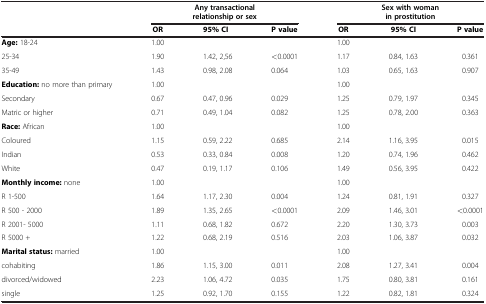
<table><thead><tr><td><b> </b></td><td colspan="3"><b>Any transactional relationship or sex</b></td><td colspan="3"><b>Sex with woman in prostitution</b></td></tr></thead><tbody><tr><td> </td><td><b>OR</b></td><td><b>95% CI</b></td><td><b>P value</b></td><td><b>OR</b></td><td><b>95% CI</b></td><td><b>P value</b></td></tr><tr><td><b>Age:</b> 18-24</td><td>1.00</td><td> </td><td> </td><td>1.00</td><td> </td><td> </td></tr><tr><td>25-34</td><td>1.90</td><td>1.42, 2,56</td><td>&lt;0.0001</td><td>1.17</td><td>0.84, 1.63</td><td>0.361</td></tr><tr><td>35-49</td><td>1.43</td><td>0.98, 2.08</td><td>0.064</td><td>1.03</td><td>0.65, 1.63</td><td>0.907</td></tr><tr><td><b>Education:</b> no more than primary</td><td>1.00</td><td> </td><td> </td><td>1.00</td><td> </td><td> </td></tr><tr><td>Secondary</td><td>0.67</td><td>0.47, 0.96</td><td>0.029</td><td>1.25</td><td>0.79, 1.97</td><td>0.345</td></tr><tr><td>Matric or higher</td><td>0.71</td><td>0.49, 1.04</td><td>0.082</td><td>1.25</td><td>0.78, 2.00</td><td>0.363</td></tr><tr><td><b>Race:</b> African</td><td>1.00</td><td> </td><td> </td><td>1.00</td><td> </td><td> </td></tr><tr><td>Coloured</td><td>1.15</td><td>0.59, 2.22</td><td>0.685</td><td>2.14</td><td>1.16, 3.95</td><td>0.015</td></tr><tr><td>Indian</td><td>0.53</td><td>0.33, 0.84</td><td>0.008</td><td>1.20</td><td>0.74, 1.96</td><td>0.462</td></tr><tr><td>White</td><td>0.47</td><td>0.19, 1.17</td><td>0.106</td><td>1.49</td><td>0.56, 3.95</td><td>0.422</td></tr><tr><td><b>Monthly income:</b> none</td><td>1.00</td><td> </td><td> </td><td>1.00</td><td> </td><td> </td></tr><tr><td>R 1-500</td><td>1.64</td><td>1.17, 2.30</td><td>0.004</td><td>1.24</td><td>0.81, 1.91</td><td>0.327</td></tr><tr><td>R 500 - 2000</td><td>1.89</td><td>1.35, 2.65</td><td>&lt;0.0001</td><td>2.09</td><td>1.46, 3.01</td><td>&lt;0.0001</td></tr><tr><td>R 2001- 5000</td><td>1.11</td><td>0.68, 1.82</td><td>0.672</td><td>2.20</td><td>1.30, 3.73</td><td>0.003</td></tr><tr><td>R 5000 +</td><td>1.22</td><td>0.68, 2.19</td><td>0.516</td><td>2.03</td><td>1.06, 3.87</td><td>0.032</td></tr><tr><td><b>Marital status:</b> married</td><td>1.00</td><td> </td><td> </td><td>1.00</td><td> </td><td> </td></tr><tr><td>cohabiting</td><td>1.86</td><td>1.15, 3.00</td><td>0.011</td><td>2.08</td><td>1.27, 3.41</td><td>0.004</td></tr><tr><td>divorced/widowed</td><td>2.23</td><td>1.06, 4.72</td><td>0.035</td><td>1.75</td><td>0.80, 3.81</td><td>0.161</td></tr><tr><td>single</td><td>1.25</td><td>0.92, 1.70</td><td>0.155</td><td>1.22</td><td>0.82, 1.81</td><td>0.324</td></tr></tbody></table>